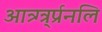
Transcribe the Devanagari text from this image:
आत्र्ग्त्र्र्प्रनलि